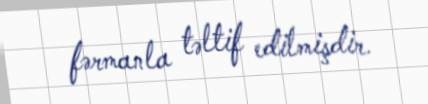
fərmanla təltif edilmişdir.